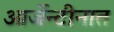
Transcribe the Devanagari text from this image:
आर्जेन्टीनात